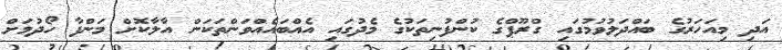
އަދި މިއަހަރުގެ ބައްދަލުވުމުގައި ގްރޫޕްގެ ކުންފުނިތަކުގެ މެދުގައި އެއްބައެއްވަންތަކަން އާލާކޮށް މަންފާ ހޯދުމަށް